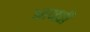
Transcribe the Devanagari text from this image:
आव्व्र्त्ती